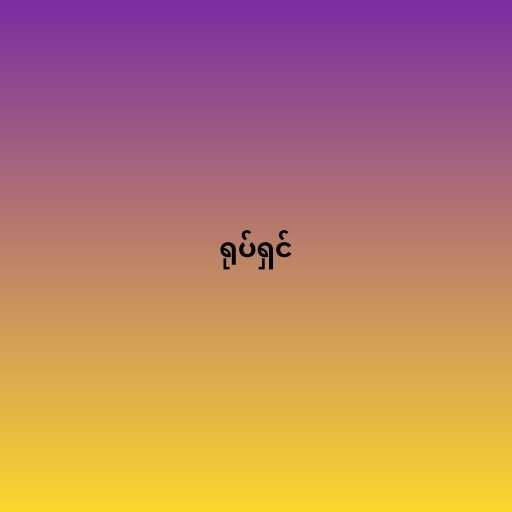
ရုပ်ရှင်